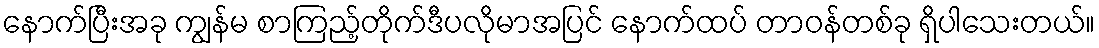
နောက်ပြီးအခု ကျွန်မ စာကြည့်တိုက်ဒီပလိုမာအပြင် နောက်ထပ် တာဝန်တစ်ခု ရှိပါသေးတယ်။